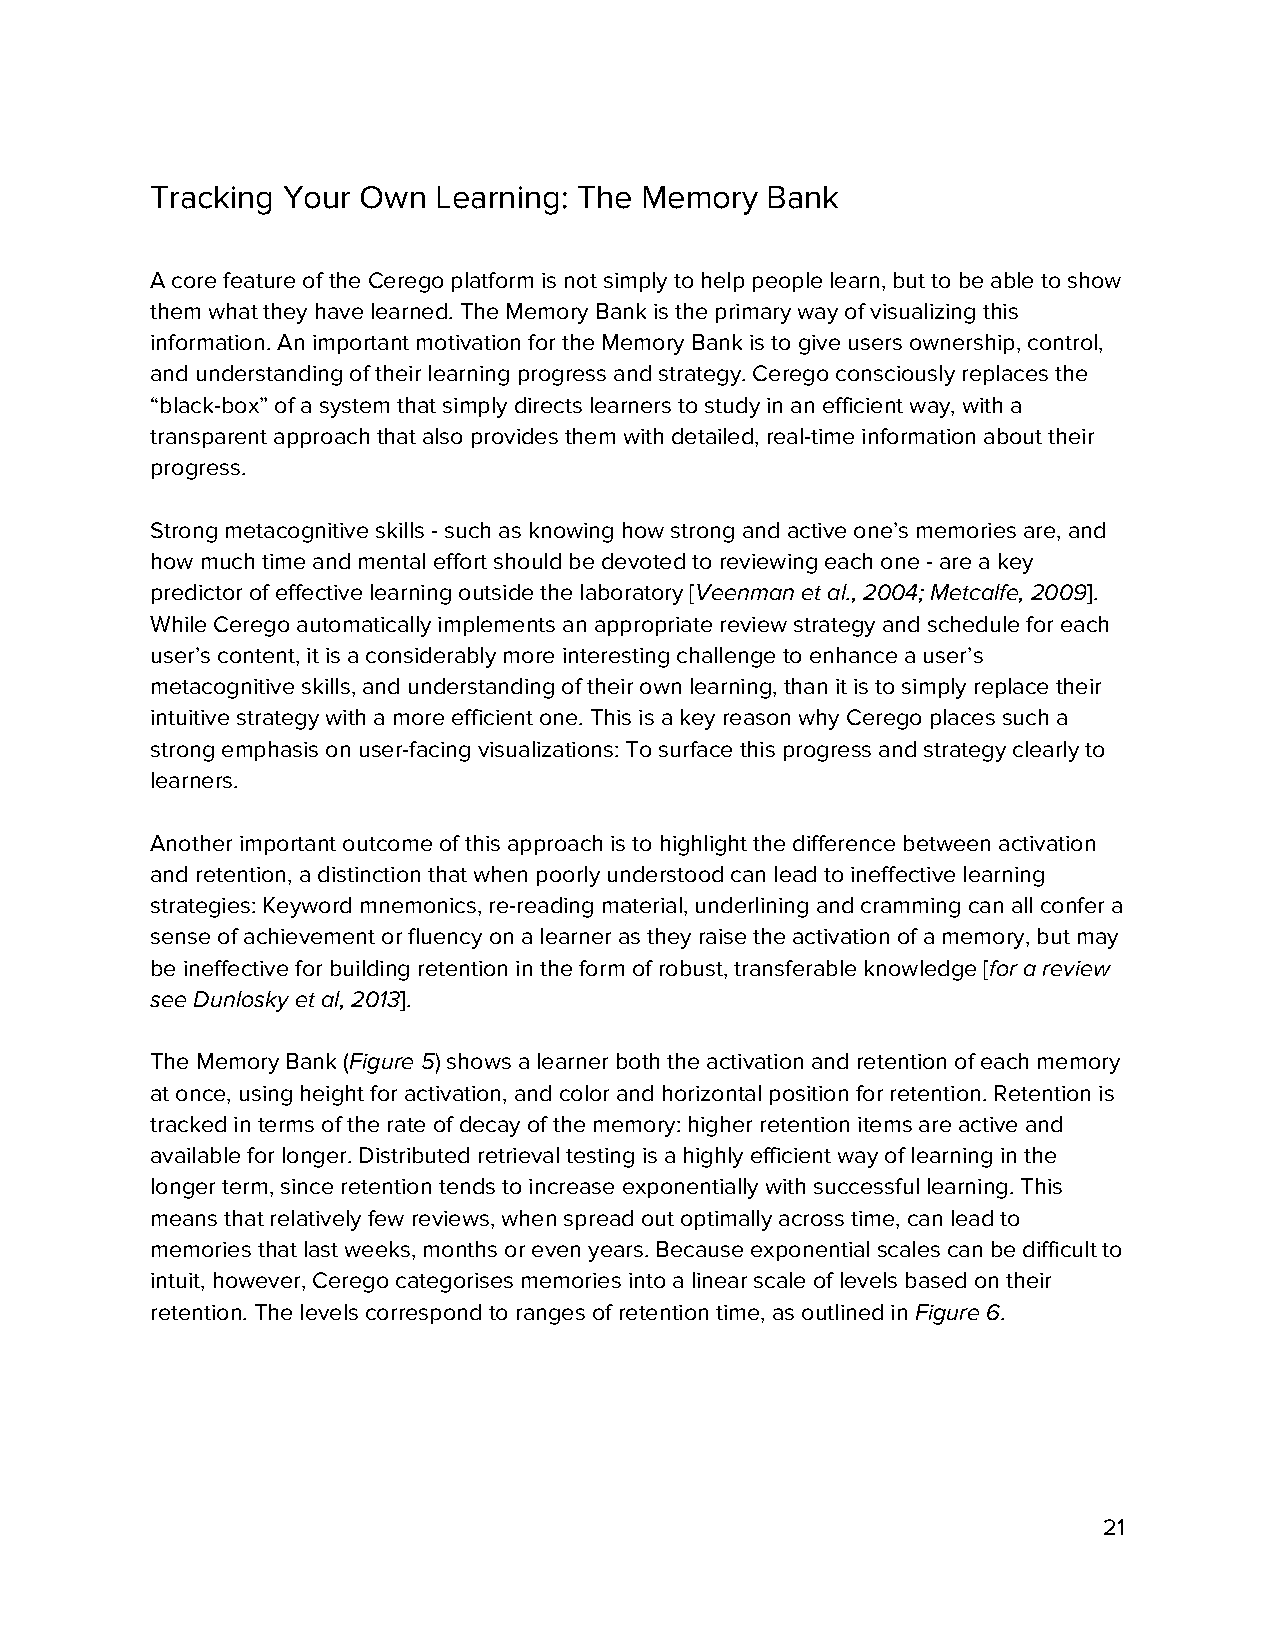
Tracking Your Own  Learning: The Memory  Bank
 A core feature of the Cerego platform is not simply to help people learn, but to be able to show
 them what they have learned. The Memory Bank is the primary way of visualizing this
 information. An important motivation for the Memory Bank is to give users ownership, control,
 and understanding of their learning progress and strategy. Cerego consciously replaces the
 “black-box” of a system that simply directs learners to study in an efficient way, with a
 transparent approach that also provides them with detailed, real-time information about their
 progress.
 Strong metacognitive skills - such as knowing how strong and active one’s memories are, and
 how much time and mental effort should be devoted to reviewing each one - are a key
 predictor of effective learning outside the laboratory [Veenman et al., 2004; Metcalfe, 2009].
 ​                         ​
 While Cerego automatically implements an appropriate review strategy and schedule for each
 user’s content, it is a considerably more interesting challenge to enhance a user’s
 metacognitive skills, and understanding of their own learning, than it is to simply replace their
 intuitive strategy with a more efficient one. This is a key reason why Cerego places such a
 strong emphasis on user-facing visualizations: To surface this progress and strategy clearly to
 learners.
 Another important outcome of this approach is to highlight the difference between activation
 and retention, a distinction that when poorly understood can lead to ineffective learning
 strategies: Keyword mnemonics, re-reading material, underlining and cramming can all confer a
 sense of achievement or fluency on a learner as they raise the activation of a memory, but may
 be ineffective for building retention in the form of robust, transferable knowledge [for a review
 ​
 see Dunlosky et al, 2013].
 ​
 The Memory Bank (Figure 5) shows a learner both the activation and retention of each memory
 ​    ​
 at once, using height for activation, and color and horizontal position for retention. Retention is
 tracked in terms of the rate of decay of the memory: higher retention items are active and
 available for longer. Distributed retrieval testing is a highly efficient way of learning in the
 longer term, since retention tends to increase exponentially with successful learning. This
 means that relatively few reviews, when spread out optimally across time, can lead to
 memories that last weeks, months or even years. Because exponential scales can be difficult to
 intuit, however, Cerego categorises memories into a linear scale of levels based on their
 retention. The levels correspond to ranges of retention time, as outlined in Figure 6.
 ​    ​
 21